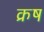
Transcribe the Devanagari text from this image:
क्रष